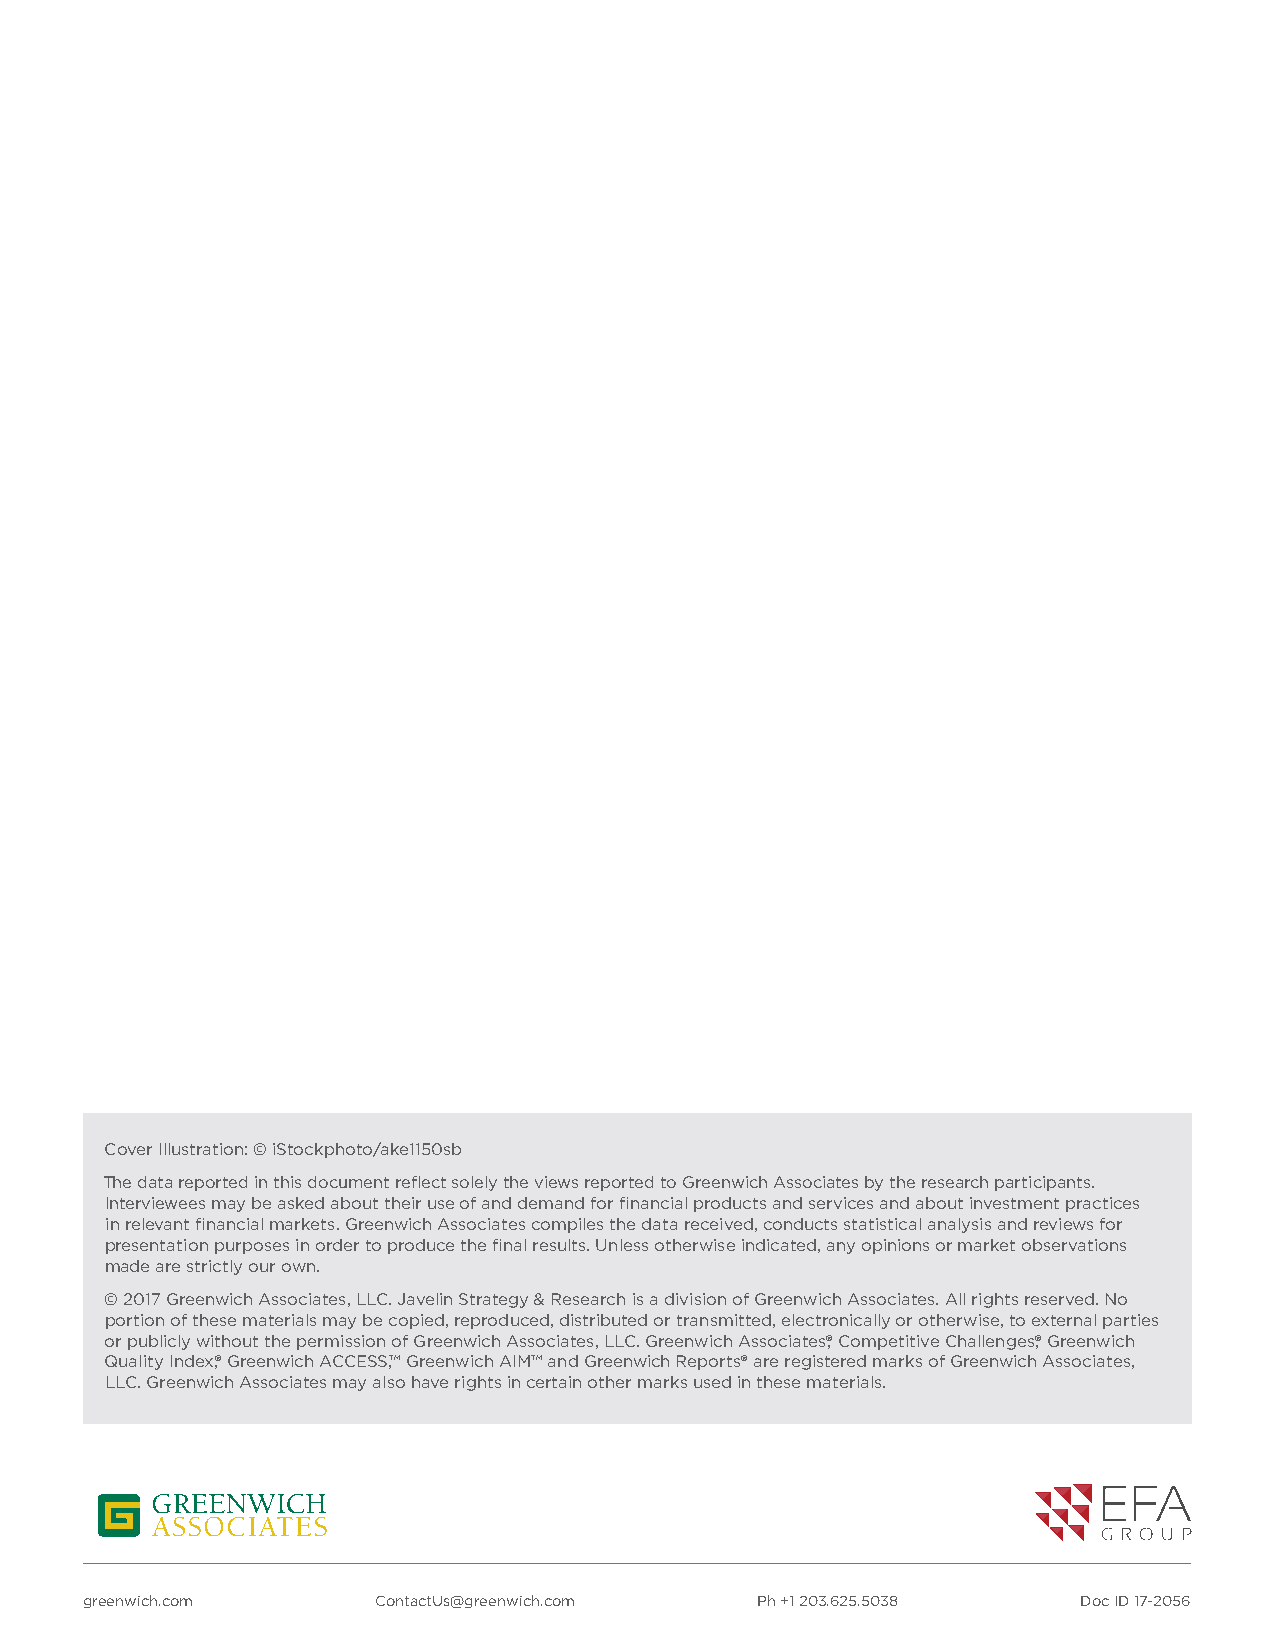
Cover Illustration: © iStockphoto/ake1150sb
 The data reported in this document reflect solely the views reported to Greenwich Associates by the research participants.
 Interviewees may be asked about their use of and demand for financial products and services and about investment practices
 in relevant financial markets. Greenwich Associates compiles the data received, conducts statistical analysis and reviews for
 presentation purposes in order to produce the final results. Unless otherwise indicated, any opinions or market observations
 made are strictly our own.
 © 2017 Greenwich Associates, LLC. Javelin Strategy & Research is a division of Greenwich Associates. All rights reserved. No
 portion of these materials may be copied, reproduced, distributed or transmitted, electronically or otherwise, to external parties
 or publicly without the permission of Greenwich Associates, LLC. Greenwich Associates,® Competitive Challenges,® Greenwich
 Quality Index,® Greenwich ACCESS,™ Greenwich AIM™ and Greenwich Reports® are registered marks of Greenwich Associates,
 LLC. Greenwich Associates may also have rights in certain other marks used in these materials.
 greenwich.com      ContactUs@greenwich.com  Ph +1 203.625.5038    Doc ID 17-2056